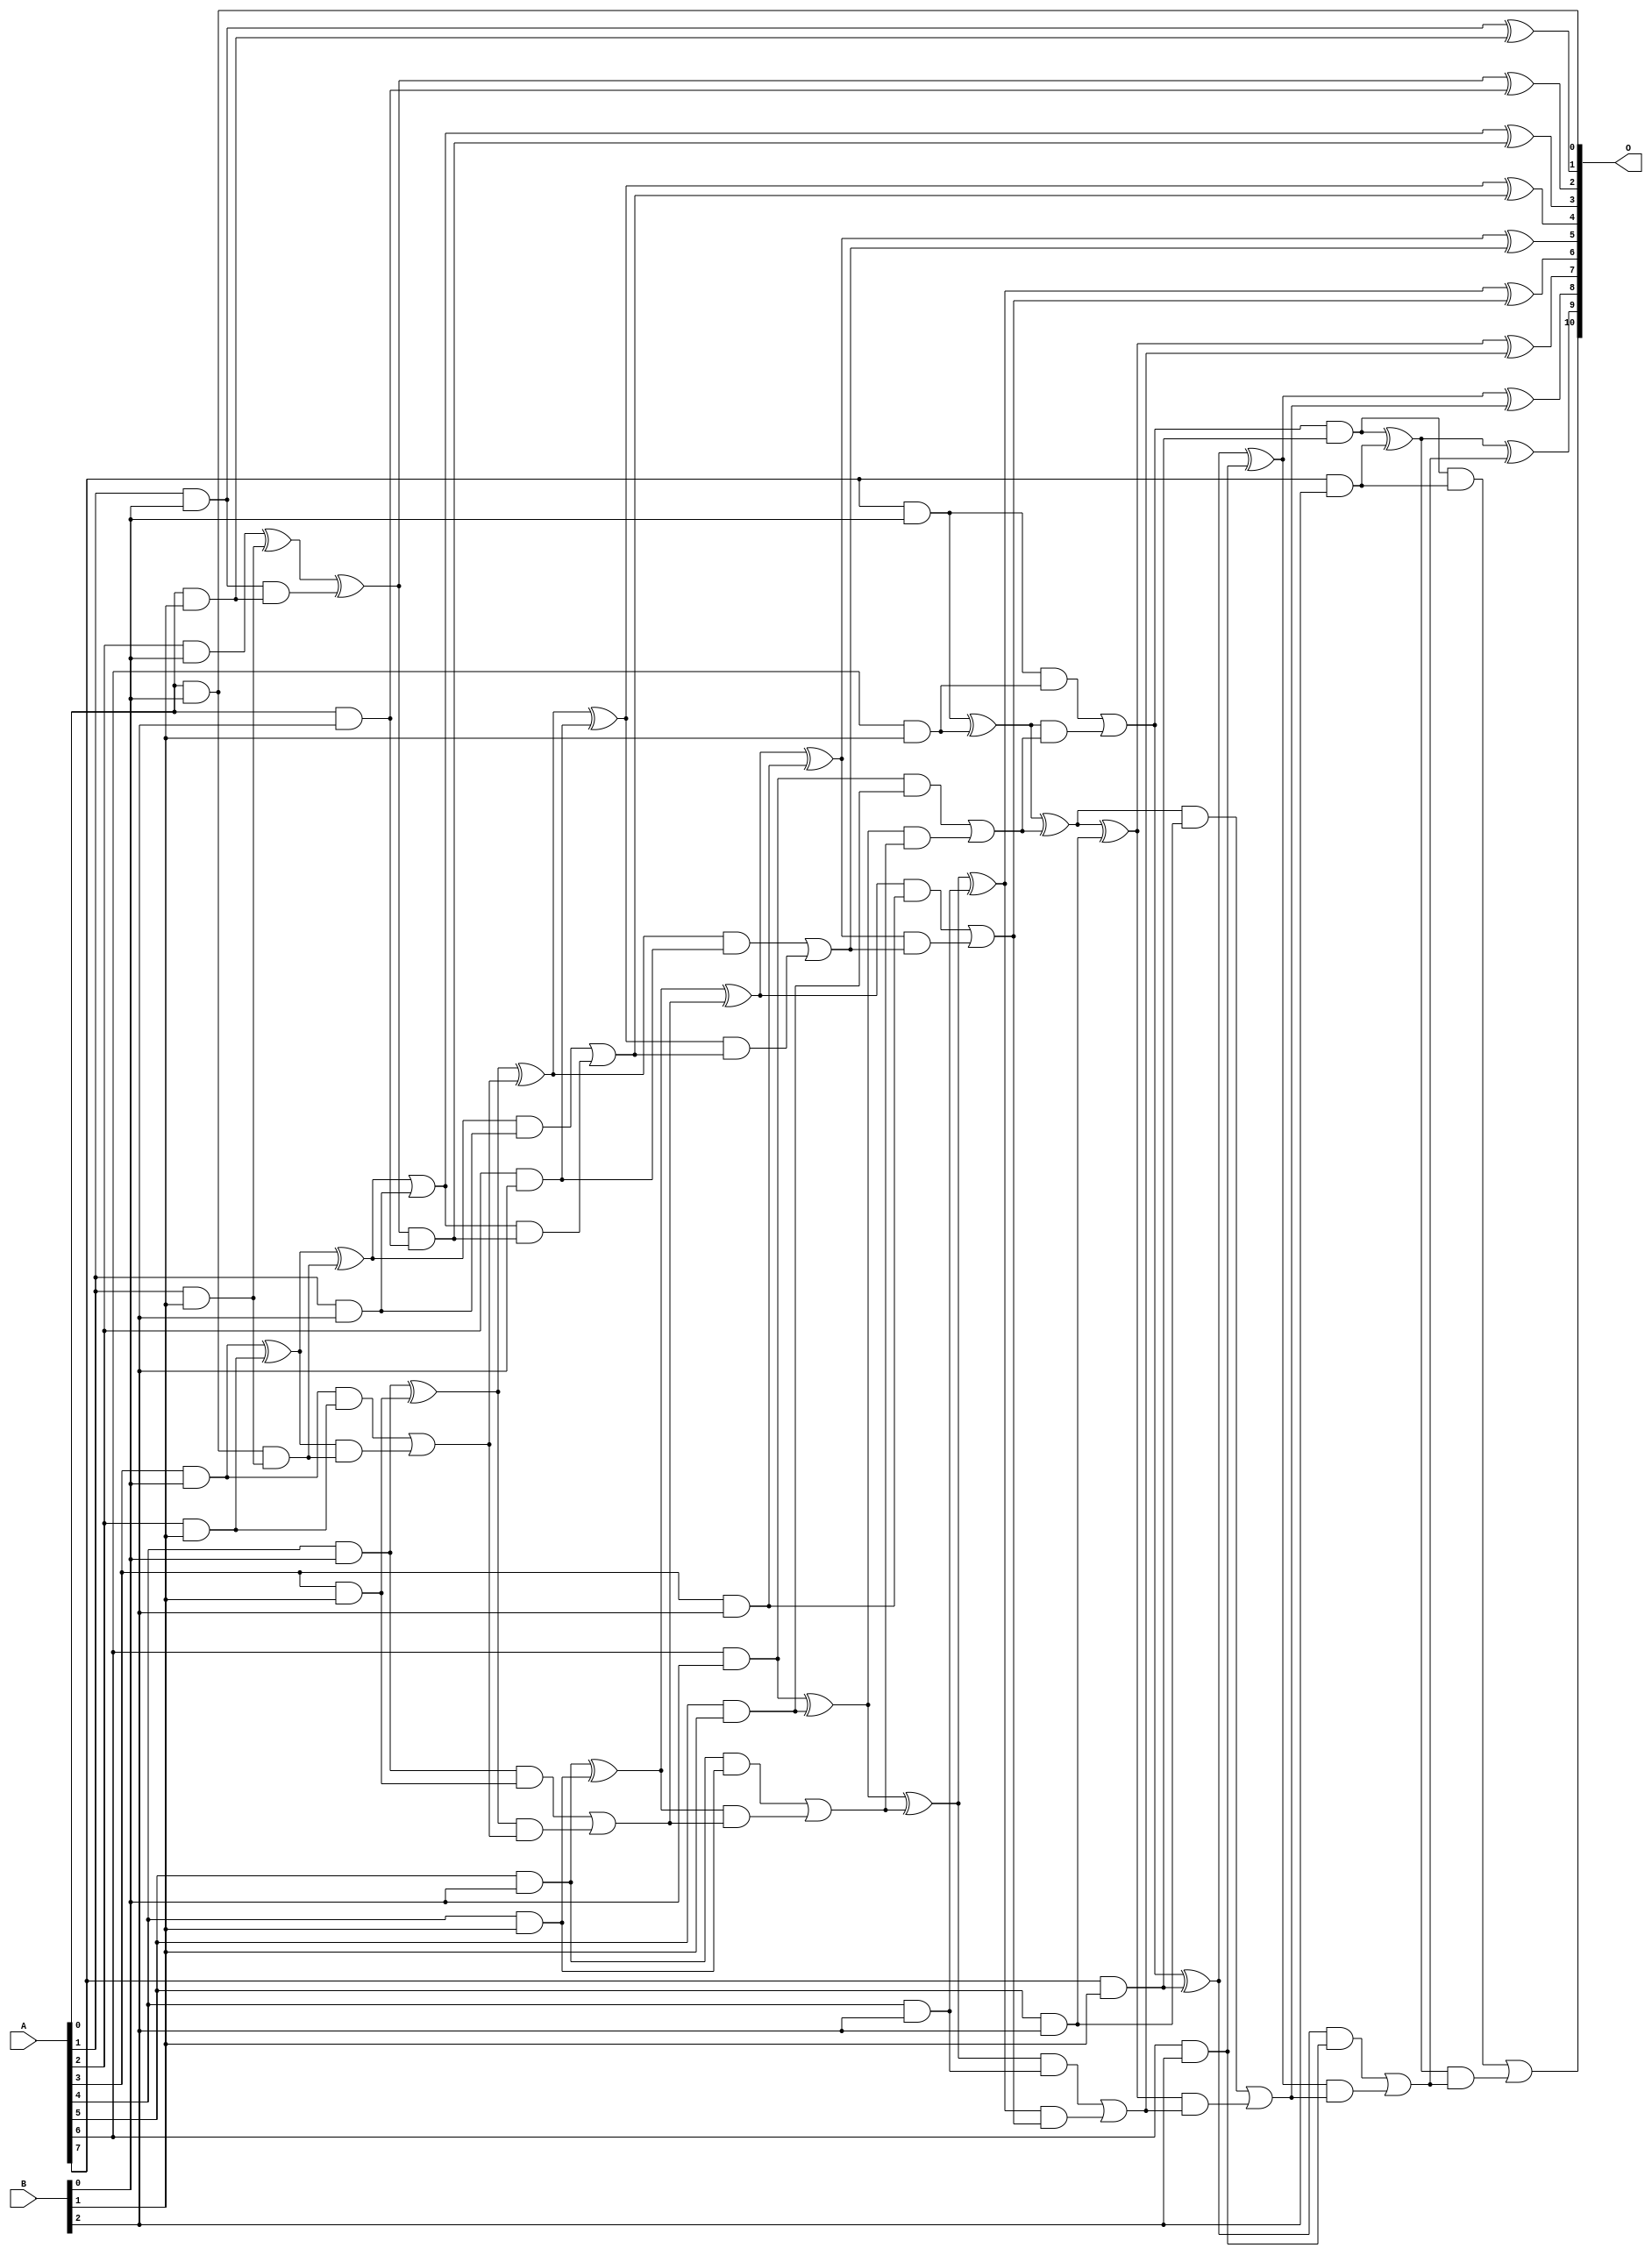
// This program was cloned from: https://github.com/ehw-fit/evoapproxlib
// License: MIT License

/***
* This code is a part of EvoApproxLib library (ehw.fit.vutbr.cz/approxlib) distributed under The MIT License.
* When used, please cite the following article(s): V. Mrazek, L. Sekanina, Z. Vasicek "Libraries of Approximate Circuits: Automated Design and Application in CNN Accelerators" IEEE Journal on Emerging and Selected Topics in Circuits and Systems, Vol 10, No 4, 2020 
* This file contains a circuit from a sub-set of pareto optimal circuits with respect to the pwr and ep parameters
***/
// MAE% = 0.043 %
// MAE = 0.88 
// WCE% = 0.39 %
// WCE = 8.0 
// WCRE% = 44.44 %
// EP% = 10.94 %
// MRE% = 0.33 %
// MSE = 7.0 
// PDK45_PWR = 0.075 mW
// PDK45_AREA = 215.4 um2
// PDK45_DELAY = 1.04 ns

module mul8x3u_19K (
    A,
    B,
    O
);

input [7:0] A;
input [2:0] B;
output [10:0] O;

wire sig_11,sig_12,sig_13,sig_14,sig_15,sig_16,sig_17,sig_18,sig_19,sig_20,sig_21,sig_22,sig_23,sig_24,sig_25,sig_26,sig_27,sig_28,sig_29,sig_30;
wire sig_32,sig_34,sig_35,sig_36,sig_37,sig_38,sig_39,sig_40,sig_41,sig_42,sig_43,sig_44,sig_45,sig_46,sig_47,sig_48,sig_49,sig_50,sig_51,sig_52;
wire sig_53,sig_54,sig_55,sig_56,sig_57,sig_58,sig_59,sig_60,sig_61,sig_62,sig_63,sig_64,sig_65,sig_66,sig_67,sig_68,sig_69,sig_70,sig_71,sig_72;
wire sig_73,sig_74,sig_75,sig_76,sig_77,sig_78,sig_79,sig_80,sig_81,sig_82,sig_83,sig_84,sig_85,sig_86,sig_87,sig_88,sig_89,sig_90,sig_91,sig_92;
wire sig_93,sig_94,sig_95,sig_96,sig_97,sig_98,sig_99,sig_100,sig_101,sig_102,sig_103,sig_104,sig_105;

assign sig_11 = A[0] & B[0];
assign sig_12 = A[1] & B[0];
assign sig_13 = A[2] & B[0];
assign sig_14 = A[3] & B[0];
assign sig_15 = A[4] & B[0];
assign sig_16 = A[5] & B[0];
assign sig_17 = A[6] & B[0];
assign sig_18 = A[7] & B[0];
assign sig_19 = A[0] & B[1];
assign sig_20 = A[1] & B[1];
assign sig_21 = A[2] & B[1];
assign sig_22 = A[3] & B[1];
assign sig_23 = A[4] & B[1];
assign sig_24 = A[5] & B[1];
assign sig_25 = A[6] & B[1];
assign sig_26 = A[7] & B[1];
assign sig_27 = sig_12 & sig_19;
assign sig_28 = sig_12 ^ sig_19;
assign sig_29 = sig_13 ^ sig_20;
assign sig_30 = sig_11 & sig_20;
assign sig_32 = sig_29 ^ sig_27;
assign sig_34 = sig_14 ^ sig_21;
assign sig_35 = sig_14 & sig_21;
assign sig_36 = sig_34 & sig_30;
assign sig_37 = sig_34 ^ sig_30;
assign sig_38 = sig_35 | sig_36;
assign sig_39 = sig_15 ^ sig_22;
assign sig_40 = sig_15 & sig_22;
assign sig_41 = sig_39 & sig_38;
assign sig_42 = sig_39 ^ sig_38;
assign sig_43 = sig_40 | sig_41;
assign sig_44 = sig_16 ^ sig_23;
assign sig_45 = sig_16 & sig_23;
assign sig_46 = sig_44 & sig_43;
assign sig_47 = sig_44 ^ sig_43;
assign sig_48 = sig_45 | sig_46;
assign sig_49 = sig_17 ^ sig_24;
assign sig_50 = sig_17 & sig_24;
assign sig_51 = sig_49 & sig_48;
assign sig_52 = sig_49 ^ sig_48;
assign sig_53 = sig_50 | sig_51;
assign sig_54 = sig_18 ^ sig_25;
assign sig_55 = sig_18 & sig_25;
assign sig_56 = sig_54 & sig_53;
assign sig_57 = sig_54 ^ sig_53;
assign sig_58 = sig_55 | sig_56;
assign sig_59 = sig_58 & sig_26;
assign sig_60 = sig_58 ^ sig_26;
assign sig_61 = A[0] & B[2];
assign sig_62 = A[1] & B[2];
assign sig_63 = A[2] & B[2];
assign sig_64 = A[3] & B[2];
assign sig_65 = A[4] & B[2];
assign sig_66 = A[5] & B[2];
assign sig_67 = A[6] & B[2];
assign sig_68 = A[7] & B[2];
assign sig_69 = sig_32 & sig_61;
assign sig_70 = sig_32 ^ sig_61;
assign sig_71 = sig_37 | sig_62;
assign sig_72 = sig_37 & sig_62;
assign sig_73 = sig_71 & sig_69;
assign sig_74 = sig_71 ^ sig_69;
assign sig_75 = sig_72 | sig_73;
assign sig_76 = sig_42 ^ sig_63;
assign sig_77 = sig_42 & sig_63;
assign sig_78 = sig_76 & sig_75;
assign sig_79 = sig_76 ^ sig_75;
assign sig_80 = sig_77 | sig_78;
assign sig_81 = sig_47 ^ sig_64;
assign sig_82 = sig_47 & sig_64;
assign sig_83 = sig_81 & sig_80;
assign sig_84 = sig_81 ^ sig_80;
assign sig_85 = sig_82 | sig_83;
assign sig_86 = sig_52 ^ sig_65;
assign sig_87 = sig_52 & sig_65;
assign sig_88 = sig_86 & sig_85;
assign sig_89 = sig_86 ^ sig_85;
assign sig_90 = sig_87 | sig_88;
assign sig_91 = sig_57 ^ sig_66;
assign sig_92 = sig_57 & sig_66;
assign sig_93 = sig_91 & sig_90;
assign sig_94 = sig_91 ^ sig_90;
assign sig_95 = sig_92 | sig_93;
assign sig_96 = sig_60 ^ sig_67;
assign sig_97 = sig_60 & sig_67;
assign sig_98 = sig_96 & sig_95;
assign sig_99 = sig_96 ^ sig_95;
assign sig_100 = sig_97 | sig_98;
assign sig_101 = sig_59 ^ sig_68;
assign sig_102 = sig_59 & sig_68;
assign sig_103 = sig_101 & sig_100;
assign sig_104 = sig_101 ^ sig_100;
assign sig_105 = sig_102 | sig_103;

assign O[10] = sig_105;
assign O[9] = sig_104;
assign O[8] = sig_99;
assign O[7] = sig_94;
assign O[6] = sig_89;
assign O[5] = sig_84;
assign O[4] = sig_79;
assign O[3] = sig_74;
assign O[2] = sig_70;
assign O[1] = sig_28;
assign O[0] = sig_11;

endmodule